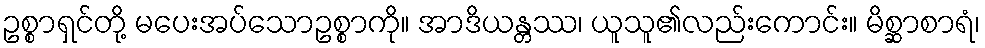
ဥစ္စာရှင်တို့ မပေးအပ်သောဥစ္စာကို။ အာဒိယန္တဿ၊ ယူသူ၏လည်းကောင်း။ မိစ္ဆာစာရံ၊